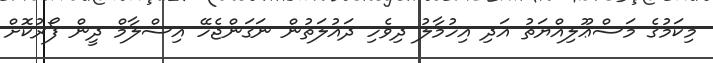
މިކަމުގެ މަސްޢޫލިއްޔަތު އަދި އިހުމާލު ދިވެހި ދައުލަތުން ނަގަންޖެހޭ އިސްލާމް ދީން ފޯރުކޮށް